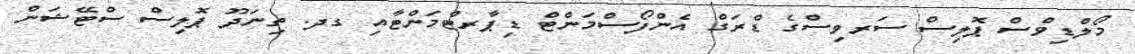
މޯލްޑިވްސް ޕޮލިސް ސަރވިސްގެ ޑްރަގް އެންފޯސްމަންޓް ޑިޕާރޓްމަންޓާއި ގދ. ތިނަދޫ ޕޮލިސް ސްޓޭޝަން